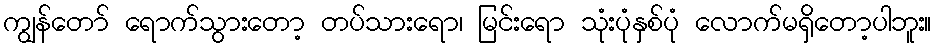
ကျွန်တော် ရောက်သွားတော့ တပ်သားရော၊ မြင်းရော သုံးပုံနှစ်ပုံ လောက်မရှိတော့ပါဘူး။